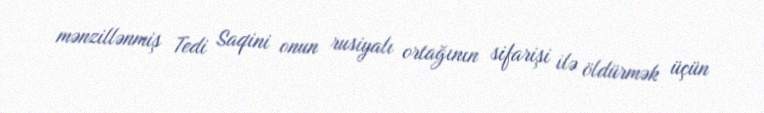
mənzillənmiş Tedi Saqini onun rusiyalı ortağının sifarişi ilə öldürmək üçün